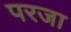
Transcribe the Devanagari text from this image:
परजा